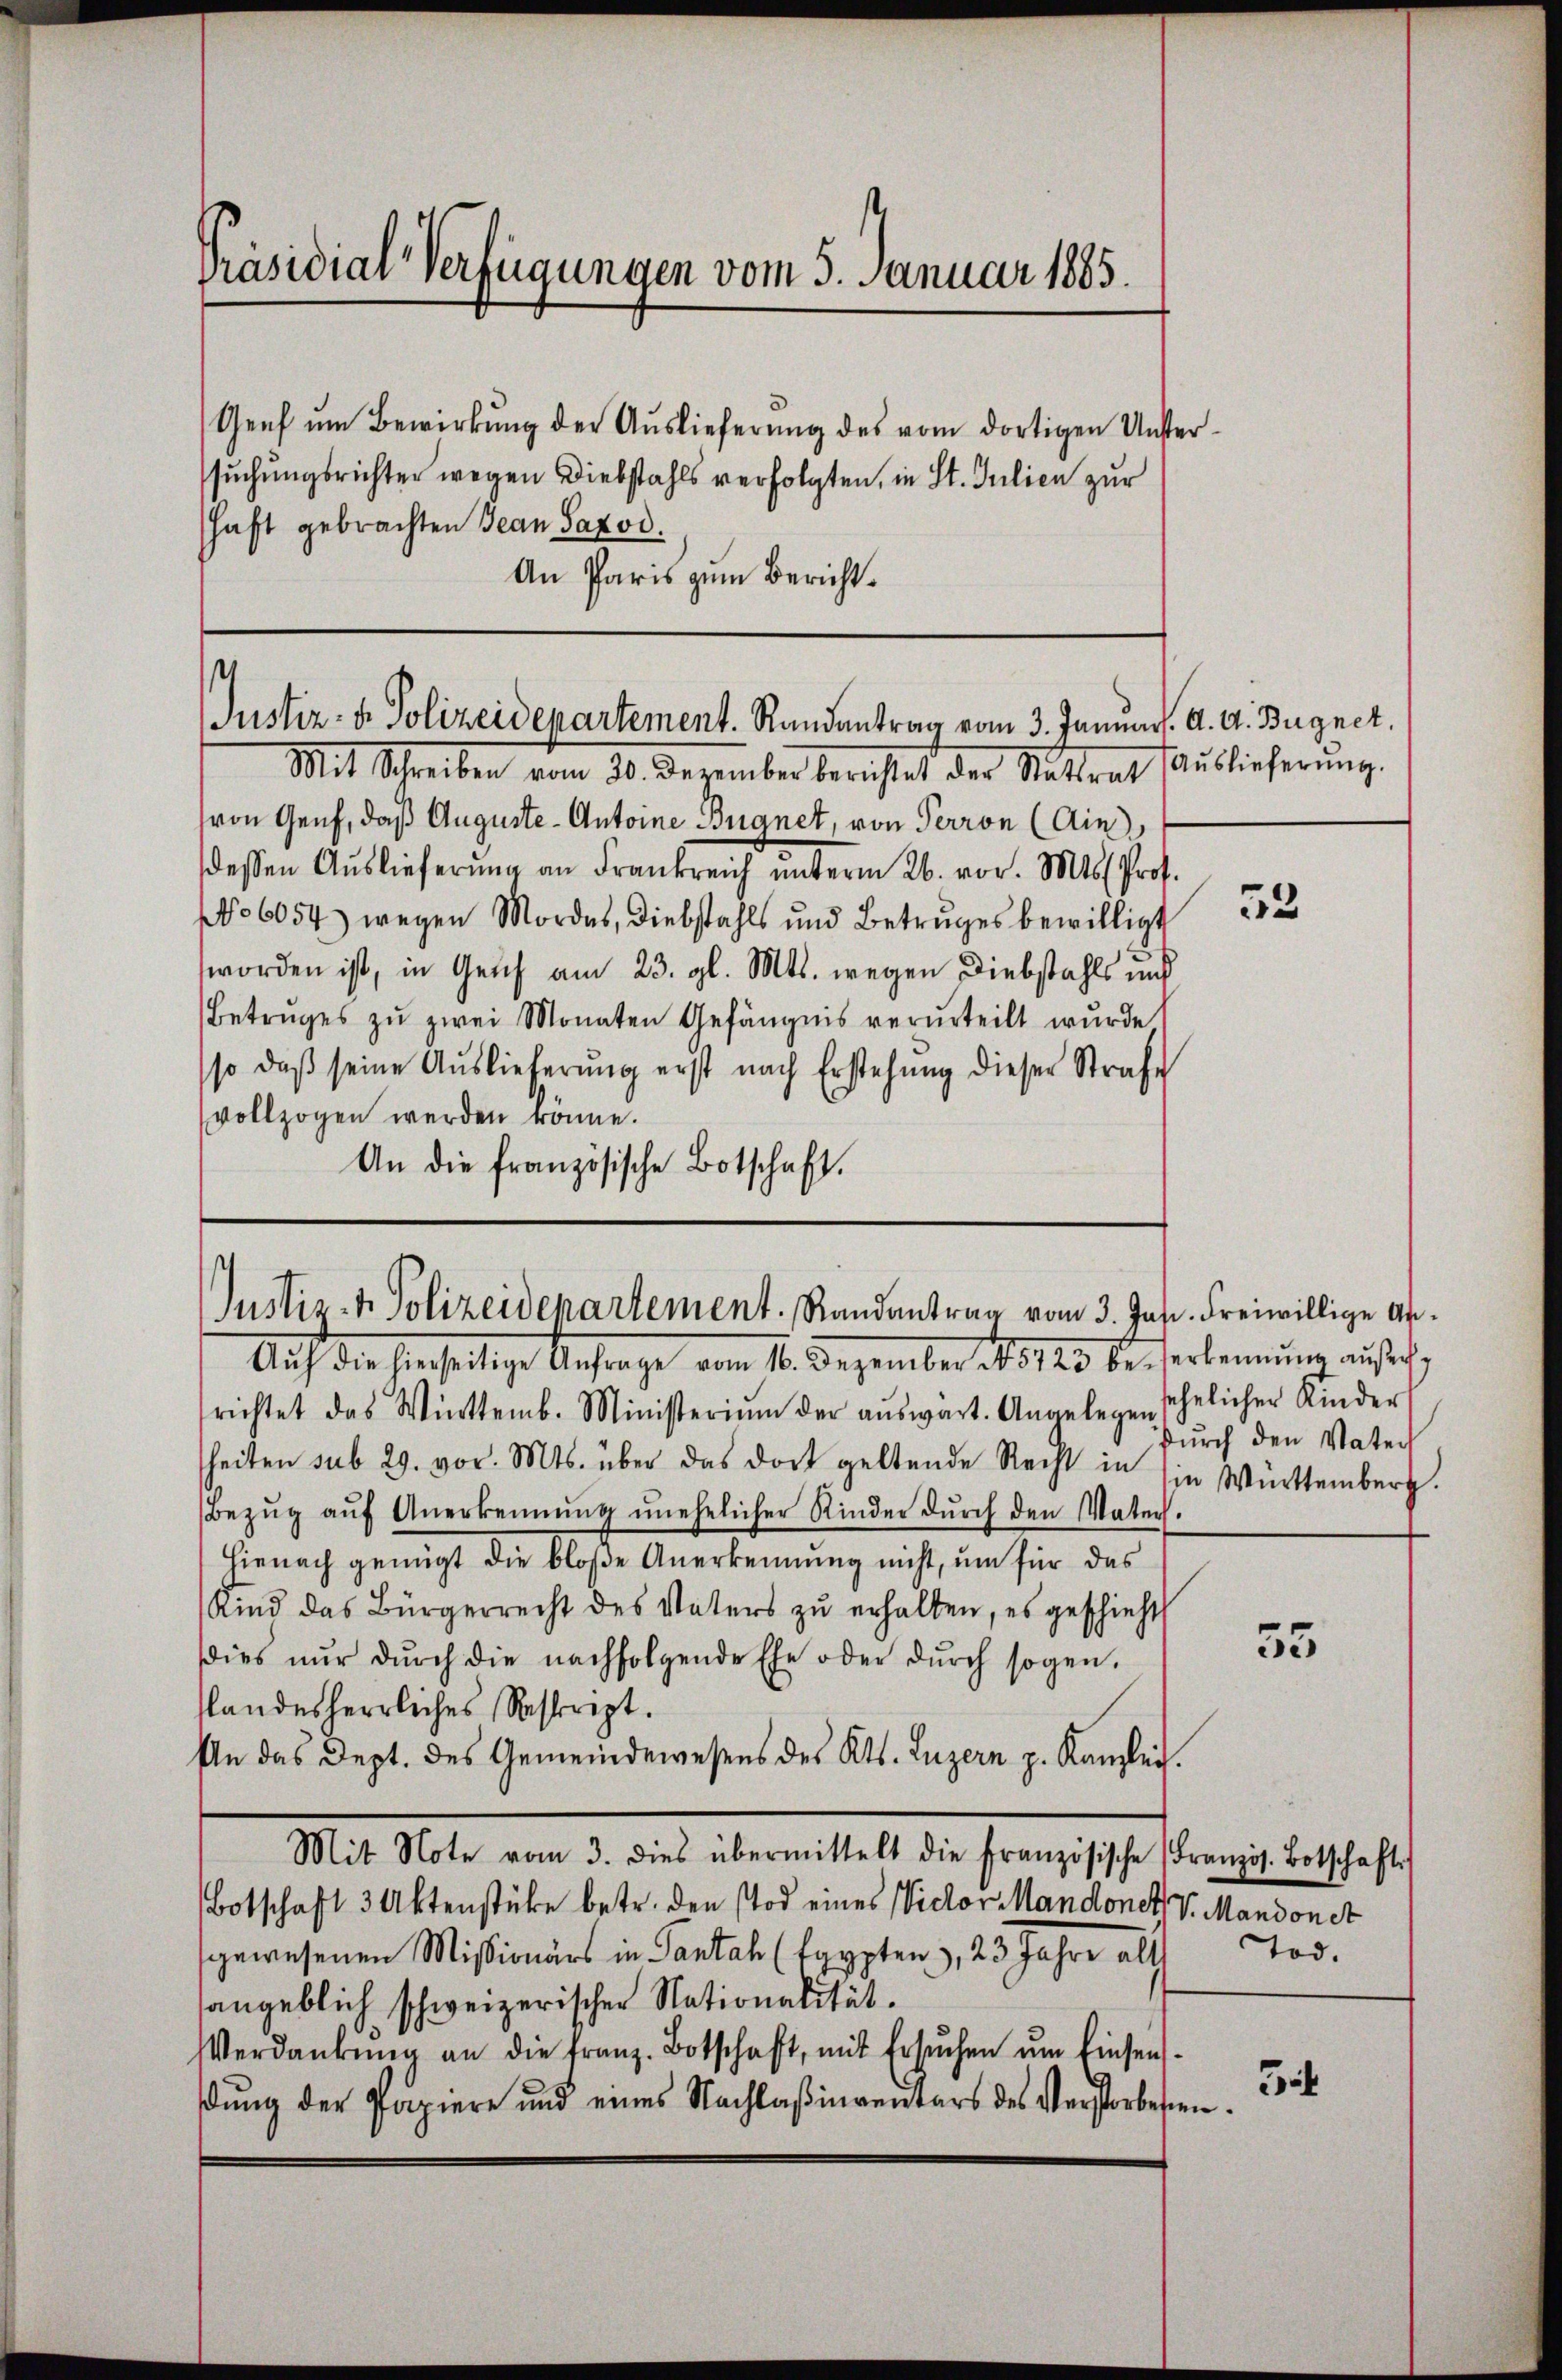
Präsidial-Verfügungen vom 5. Januar 1885.

Genf ŭm Bewirkŭng der Auslieferŭng des vom dortigen Untersŭchŭngsrichter wegen Diebstahls verfolgten, in St. Julien zur
shaft gebrachten Jean Saxod.
An Paris zum Bericht.

t
Justiz- & Polizeidepartement. Randentrag vom 3. Januar. A. A. Bugnet,

Mit Schreiben vom 20. Dezember berichtet der Stattrat Auslieferŭng.
von Genf, daß Auguste Antoine Begnet, von Perron (Ain
dessen Aŭslieferŭng an Frankreich ŭnterm 26. vor. Mts. Prof.
No 6054) wegen Mordes, Diebstahls und Betruges bewilligt
worden ist, in Genf am 23. gl. Mts. wegen Diebstahls und
Betrages zŭ zwei Monaten Gefängnis verurteilt wurde.
so daβ seine Auslieferŭng erst nach Erstehung dieser Strafe
vollzogen werden könne.
An die französische Botschaft.

Justiz- & Polizeidepartement. Randantrag vom 3. Jan. Freiwillige An¬

Auf die hierseitige Anfrage vom 10. Dezember 185120 des Verkennung aufsich
richtet das Winttemb. Ministerium der aŭswart. Angelegen sehelicher Kinder
heiten sub 29. vor. Mts. über das dort geltende Recht in sie Württemberg.
Bezŭg aŭf Anerkennung unehelicher Kinder dŭrch den Vaters.
Hienach genügt die bloße Anerkennung nicht, um für das
Kind das Bürgerrecht des Vaters zŭ erhalten, es geschieht
Dies nŭr dŭrch die nachfolgende Ehe oder dŭrch sogen.
slandesherrliches Reskript.
An das Dept. des Gemeindewesens des Kts. Luzern z. Kanzlei.
Mit Note vom 3. dies übermittelt die französische (Französ. Botschafts
Botschaft 3 Aktenstüke betr. den Tod eines Victor Mandonet v. Mandonet
gewesenen Missionärs in Pantal (fgypten, 23 Jahre alt
sangeblich schweizerischer Nationalität.
Verdankŭng an die franz. Botschaft, mit Ersŭchen ŭm Einsens-
ßung der Papiere und eines Nachlaßinventars des Verstorbessen.

53

durch den Vater

55

Tod.

Sit